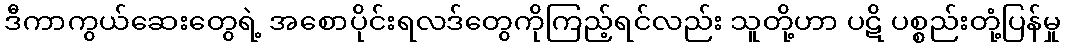
ဒီကာကွယ်ဆေးတွေရဲ့ အစောပိုင်းရလဒ်တွေကိုကြည့်ရင်လည်း သူတို့ဟာ ပဋိ ပစ္စည်းတုံ့ပြန်မှု